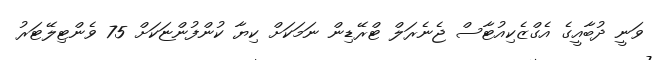
ވަނީ ދުބާއީގެ އެގްޒެކިއުޓާސް ޖެނެރަލް ޓްރޭޑިން ނަމަކަށް ކިޔާ ކުންފުންޏަކަށް 75 ވެންޓިލޭޓަރު